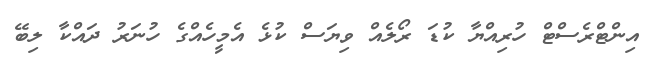
އިންޓްރެސްޓް ހުރިއްޔާ ކުޑަ ރޯލެއް ވިޔަސް ކުޅެ އެމީހެއްގެ ހުނަރު ދައްކާ ލިބޭ